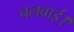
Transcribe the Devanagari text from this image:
चलवाईं।